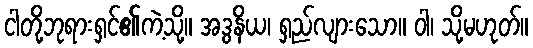
ငါတို့ဘုရားရှင်၏ကဲ့သို့။ အဒွနိယ၊ ရှည်လျားသော။ ဝါ၊ သို့မဟုတ်။